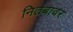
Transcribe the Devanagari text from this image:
नितंबावर